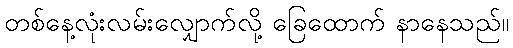
တစ်နေ့လုံးလမ်းလျှောက်လို့ ခြေထောက် နာနေသည်။